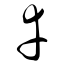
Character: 幸